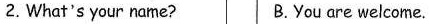
2.What's your name? B.You are welcome.